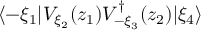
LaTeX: \langle - \xi _ { 1 } | V _ { \xi _ { 2 } } ( z _ { 1 } ) V _ { - \xi _ { 3 } } ^ { \dagger } ( z _ { 2 } ) | \xi _ { 4 } \rangle